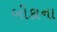
બીકાના